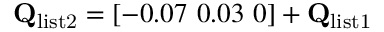
\mathbf { Q } _ { \mathrm { l i s t 2 } } = \left[ - 0 . 0 7 \ 0 . 0 3 \ 0 \right] + \mathbf { Q } _ { \mathrm { l i s t 1 } }